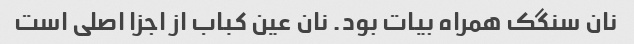
نان سنگک همراه بیات بود. نان عین کباب از اجزا اصلی است